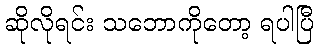
ဆိုလိုရင်း သဘောကိုတော့ ရပါပြီ